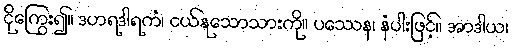
ငိုကြွေး၍။ ဒဟရဒါရကံ၊ ငယ်နုသောသားကို။ ပဿေန၊ နံပါးဖြင့်။ အာဒါယ၊